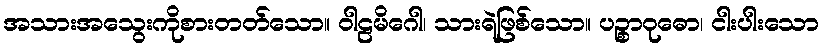
အသားအသွေးကိုစားတတ်သော။ ဝါဠမိဂေါ၊ သားရဲဖြစ်သော။ ပဉ္စာဝုဓော၊ ငါးပါးသော